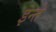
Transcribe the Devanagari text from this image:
इन्ते